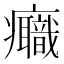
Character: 𤼕